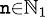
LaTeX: \scriptstyle\mathtt{n}\in\mathbb{{N}}_{1}